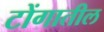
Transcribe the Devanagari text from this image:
टोंगातील